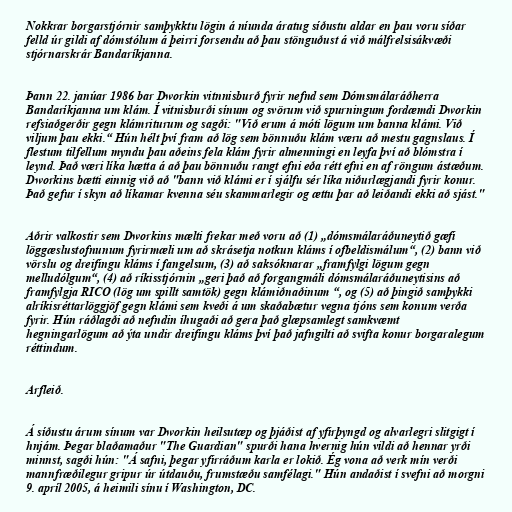
Nokkrar borgarstjórnir samþykktu lögin á níunda áratug síðustu aldar en þau voru síðar
felld úr gildi af dómstólum á þeirri forsendu að þau stönguðust á við málfrelsisákvæði
stjórnarskrár Bandaríkjanna.

Þann 22. janúar 1986 bar Dworkin vitnnisburð fyrir nefnd sem Dómsmálaráðherra
Bandaríkjanna um klám. Í vitnisburði sínum og svörum við spurningum fordæmdi Dworkin
refsiaðgerðir gegn klámriturum og sagði: "Við erum á móti lögum um banna klámi. Við
viljum þau ekki.“ Hún hélt því fram að lög sem bönnuðu klám væru að mestu gagnslaus. Í
flestum tilfellum myndu þau aðeins fela klám fyrir almenningi en leyfa því að blómstra í
leynd. Það væri líka hætta á að þau bönnuðu rangt efni eða rétt efni en af röngum ástæðum.
Dworkins bætti einnig við að "bann við klámi er í sjálfu sér líka niðurlægjandi fyrir konur.
Það gefur í skyn að líkamar kvenna séu skammarlegir og ættu þar að leiðandi ekki að sjást."

Aðrir valkostir sem Dworkins mælti frekar með voru að (1) „dómsmálaráðuneytið gæfi
löggæslustofnunum fyrirmæli um að skrásetja notkun kláms í ofbeldismálum“, (2) bann við
vörslu og dreifingu kláms í fangelsum, (3) að saksóknarar „framfylgi lögum gegn
melludólgum“, (4) að ríkisstjórnin „geri það að forgangmáli dómsmálaráðuneytisins að
framfylgja RICO (lög um spillt samtök) gegn klámiðnaðinum “, og (5) að þingið samþykki
alríkisréttarlöggjöf gegn klámi sem kveði á um skaðabætur vegna tjóns sem konum verða
fyrir. Hún ráðlagði að nefndin íhugaði að gera það glæpsamlegt samkvæmt
hegningarlögum að ýta undir dreifingu kláms því það jafngilti að svifta konur borgaralegum
réttindum.

Arfleið.

Á síðustu árum sínum var Dworkin heilsutæp og þjáðist af yfirþyngd og alvarlegri slitgigt í
hnjám. Þegar blaðamaður "The Guardian" spurði hana hvernig hún vildi að hennar yrði
minnst, sagði hún: "Á safni, þegar yfirráðum karla er lokið. Ég vona að verk mín verði
mannfræðilegur gripur úr útdauðu, frumstæðu samfélagi." Hún andaðist í svefni að morgni
9. apríl 2005, á heimili sínu í Washington, DC.